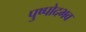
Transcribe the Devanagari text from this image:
पुष्पोदभव